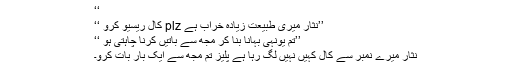
‘‘
’’نثار میری طبیعت زیادہ خراب ہے plz کال ریسیو کرو ‘‘
’’تم یونہی بہانا بنا کر مجھ سے باتیں کرنا چاہتی ہو ‘‘
نثار میرے نمبر سے کال کہیں نہیں لگ رہا ہے پلیز تم مجھ سے ایک بار بات کرو۔